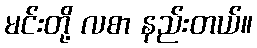
မင်းတို့ လစာ နည်းတယ်။